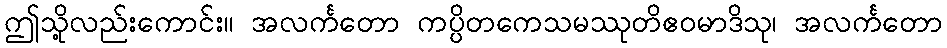
ဤသို့လည်းကောင်း။ အလင်္ကတော ကပ္ပိတကေသမဿုတိဧဝမာဒိသု၊ အလင်္ကတော